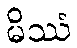
မိဿံ